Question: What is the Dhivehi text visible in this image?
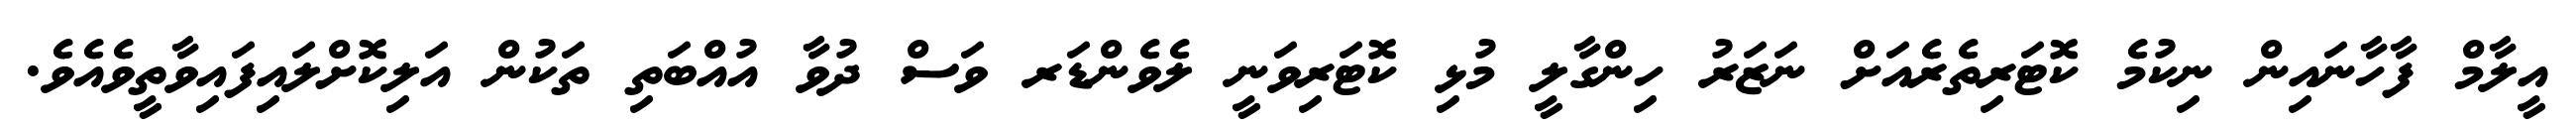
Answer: އީލާމް ފާހާނައިން ނިކުމެ ކޮޓަރިތެރެއަށް ނަޒަރު ހިންގާލީ މުޅި ކޮޓަރިވަނީ ލެވެންޑަރ ވަސް ދުވާ އުއްބަތި ތަކުން އަލިކޮށްލައިފައިވާތީވެއެވެ.